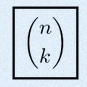
\binom{n}{k}